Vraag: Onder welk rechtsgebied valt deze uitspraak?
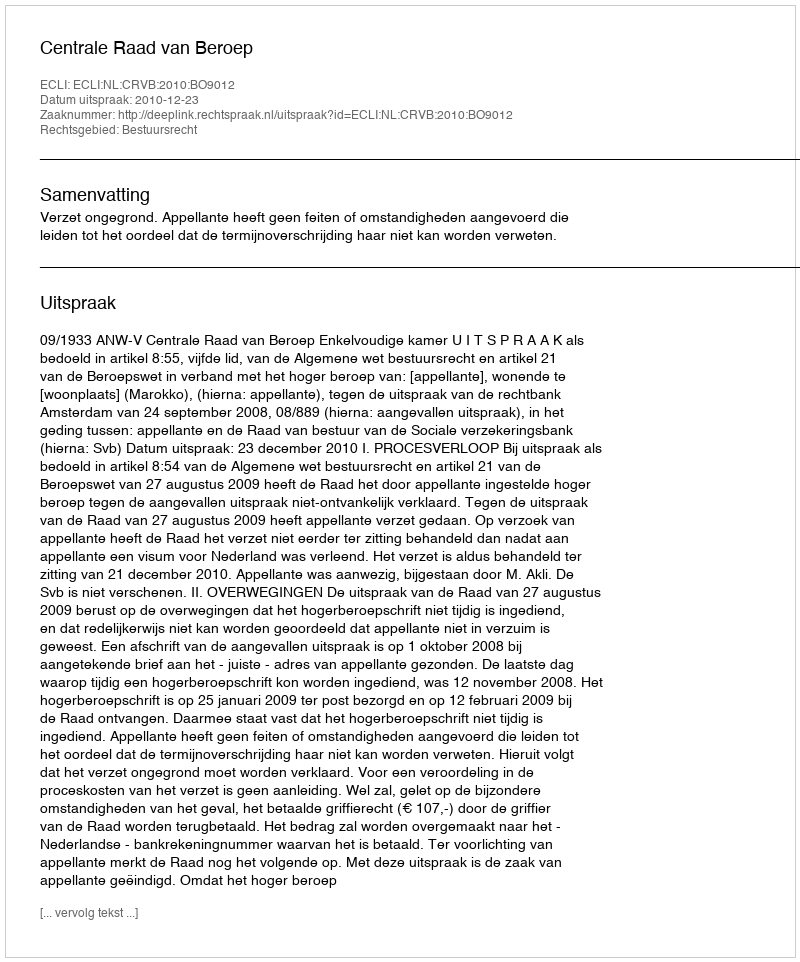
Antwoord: Bestuursrecht